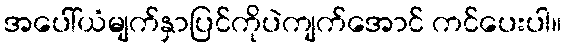
အပေါ်ယံမျက်နှာပြင်ကိုပဲကျက်အောင် ကင်ပေးပါ။